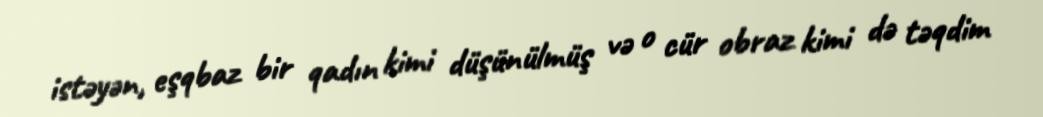
istəyən, eşqbaz bir qadın kimi düşünülmüş və o cür obraz kimi də təqdim